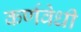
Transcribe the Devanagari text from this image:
कर्णवेधी